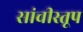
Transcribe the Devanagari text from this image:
सांचीस्तूप